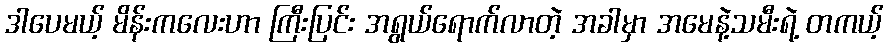
ဒါပေမယ့် မိန်းကလေးဟာ ကြီးပြင်း အရွယ်ရောက်လာတဲ့ အခါမှာ အမေနဲ့သမီးရဲ့ တကယ့်